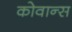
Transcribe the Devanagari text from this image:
कोवान्स